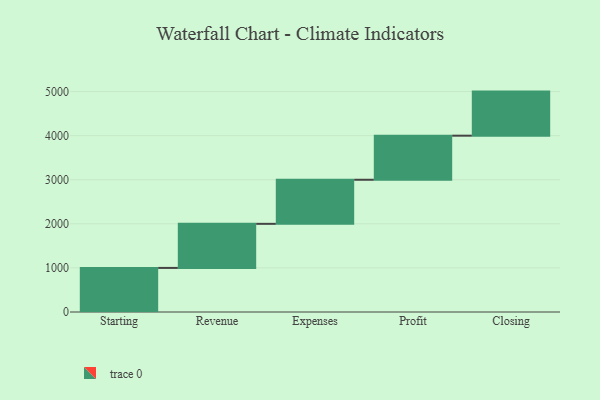
{"axis": {"x": "Step", "y": "Value"}, "legend": [""], "data": [{"x": "Starting", "y": 1000, "type": ""}, {"x": "Revenue", "y": 1000, "type": ""}, {"x": "Expenses", "y": 1000, "type": ""}, {"x": "Profit", "y": 1000, "type": ""}, {"x": "Closing", "y": 1000, "type": ""}]}